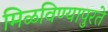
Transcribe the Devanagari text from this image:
मिळविण्यापुरते